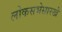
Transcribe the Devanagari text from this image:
लोकसभेसारखे